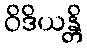
ဝိဒိယန္တိ